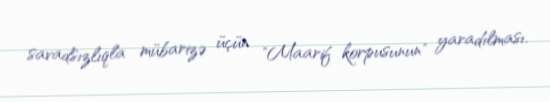
savadsızlıqla mübarizə üçün "Maarif korpusunun" yaradılması.